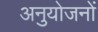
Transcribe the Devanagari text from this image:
अनुयोजनों